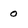
Character: 0